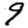
Digit: 9